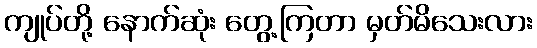
ကျုပ်တို့ နောက်ဆုံး တွေ့ကြတာ မှတ်မိသေးလား